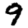
Digit: 9